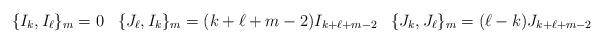
LaTeX: \begin{align*} \begin{array}{ccc} \{I_{k},I_{\ell}\}_{m} = 0 & \{J_{\ell},I_{k}\}_{m} = (k+\ell+m-2)I_{k+\ell+m-2} & \{J_{k},J_{\ell}\}_{m} = (\ell-k)J_{k+\ell+m-2} \end{array}\end{align*}